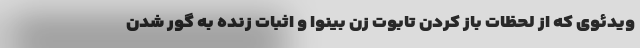
ویدئوی که از لحظات باز کردن تابوت زن بینوا و اثبات زنده به گور شدن